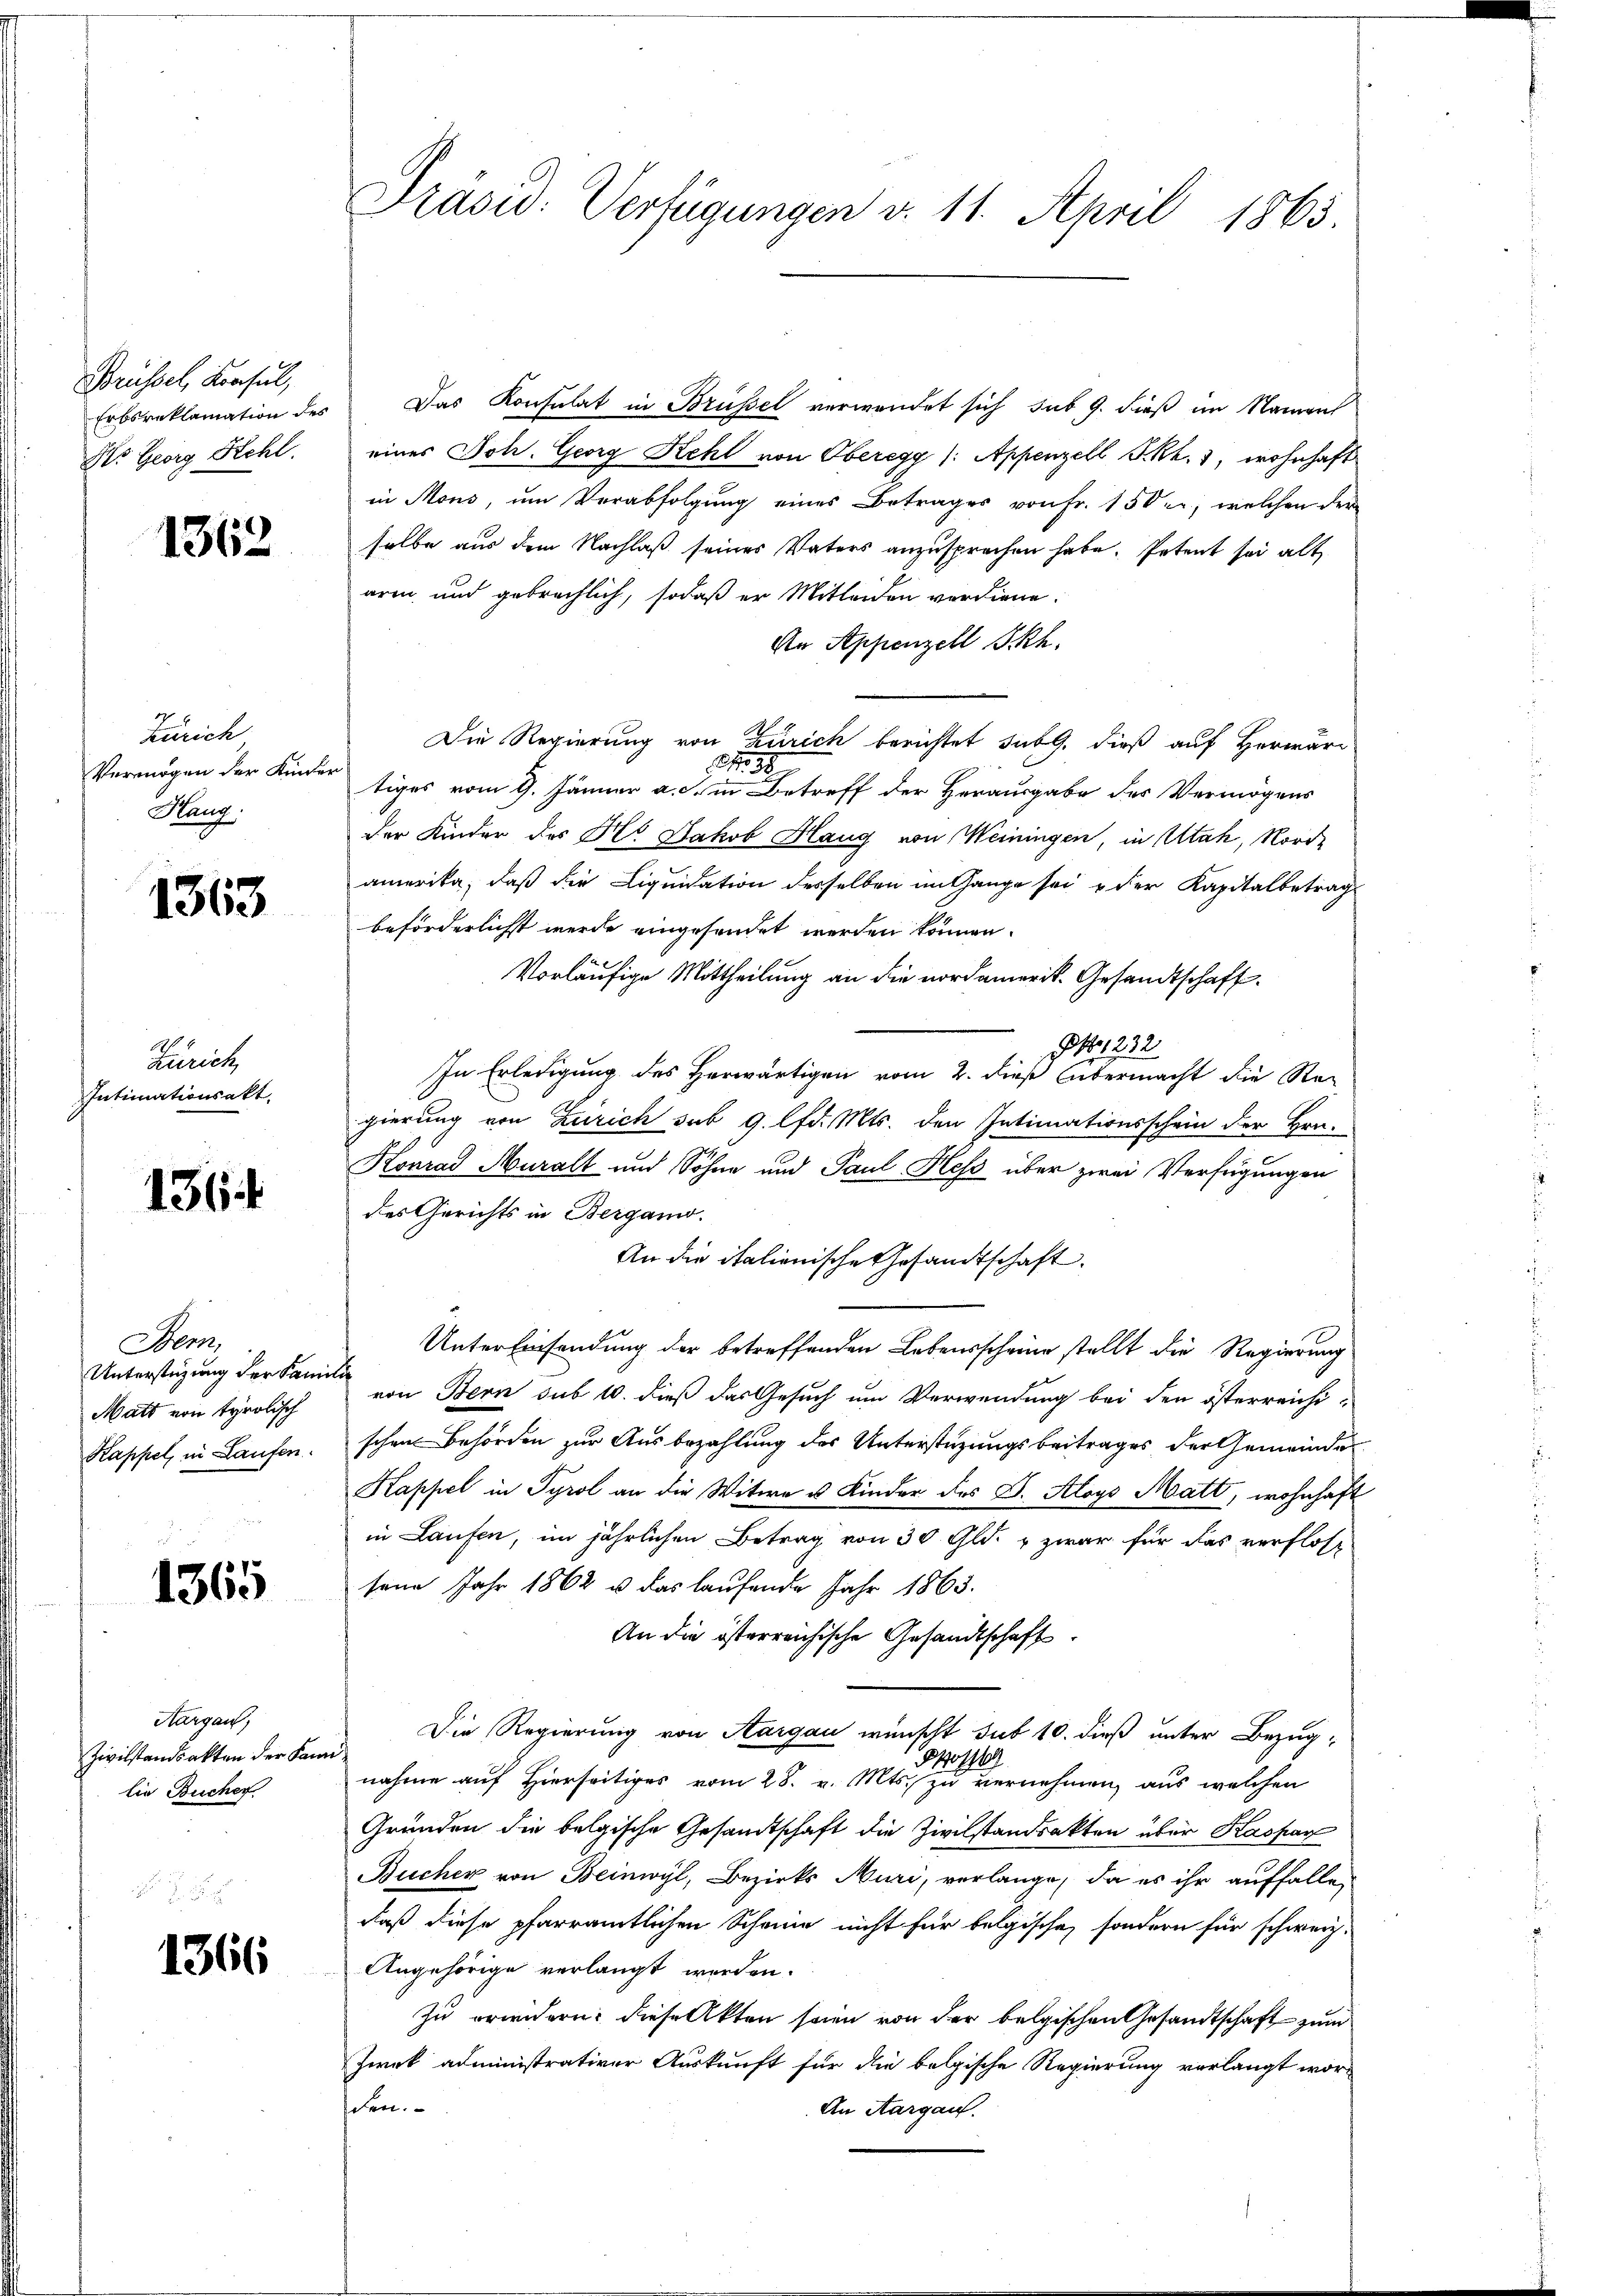
Brüssel, Konsul,
No Georg Kehl.

1362

Zürich
Vermögen der Kinder
Hanz.

1363

Zürich
Intimationsakt.

136 f

Stem
Unterstüzung der Familie
Matt von tyrolisch

1365

Hargau,
Zivilstandsakten der Kann
lie Bucher

1366

Präsid. Verfügungen v. 11. April 1863

Erbsreklamation des Das Konsulat in Brüssel verwendet sich sub 9. dieß im Namens
eines Joh. Georg Kehl von Oberegg /: Appenzell I.Rh. 3, wohnhaft
in Mons, um Verabfolgung eines Betrages von Fr. 150, welchen der
selbe aus dem Nachlaß seines Vaters anzusprechen habe. Petent sei alt
arm und gebrechlich, sodaß er Mitleiden verdiene.
An Appenzell Skh.
Die Regierung von Zürich berichtet subg. dieß auf Herwäre
138.
tiges vom 9. Jänner a. in Betreff der Herausgabe des Vermögens
der Kinder des Hs. Jakob Haug von Weiningen, in Utah, Norde
amerika, daß die Liquidation desselben im Gange sei u der Kapitalbetrag
beförderlichst werde eingesendet werden können.
Vorläufige Mittheilung an die nordamerik. Gesandtschaft.
 232
In Erledigung des Herwärtigen vom 2. dieß übermacht die Re-
gierung von Zürich sub 9. lfd. Mts. den Intimationsschein der Hrn.
Konrad Muralt und Söhne und Paul Hess über zwei Verfügungen
des Gerichts in Bergano.
An die italienische Gesandtschaft.
Unter Einsendung der betreffenden Lebensscheine stellt die Regierung
von Bern sub 10. dieß das Gesuch um Verwendung bei den österreichi-
Kappel, in Laufen. schon Behörden zur Ausbezahlung des Unterstüzungsbeitrages der Gemeinder
Kappel in Tyrol an die Witwe u Kinder des Dr. Aloys Matt, wohnhaft
in Laufen, im jährlichen Betrag von 30 Gld. u zwar für das verflosse
sene Jahr 1862 u. das laufende Jahr 1863.
An die österreichische Gesandtschaft.
Die Regierung von Aargau wünscht sub 10. dieß unter Bezugo1169
nahme auf Hierseitiges vom 28. v. Mts. zu vernehmen, aus welchen
Gründen die belgische Gesandtschaft die Zivilstandsakten über Kaspar
Bucher von Beinwyl, Bezirks Muri, verlange, da es ihr auffalle,
daß diese pfarramtlichen Scheine nicht für belgische, sondern für schwerz.
Angehörige verlangt werden.
Zu erwidern: diese Akten seien von der belgischen Gesandtschaft zum
Zweck administrativer Auskunft für die belgische Regierung verlangt worden.
An Aargau.